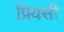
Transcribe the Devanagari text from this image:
प्रियसी